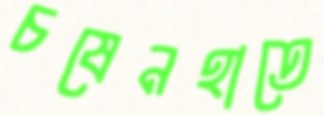
চষেনহাতে